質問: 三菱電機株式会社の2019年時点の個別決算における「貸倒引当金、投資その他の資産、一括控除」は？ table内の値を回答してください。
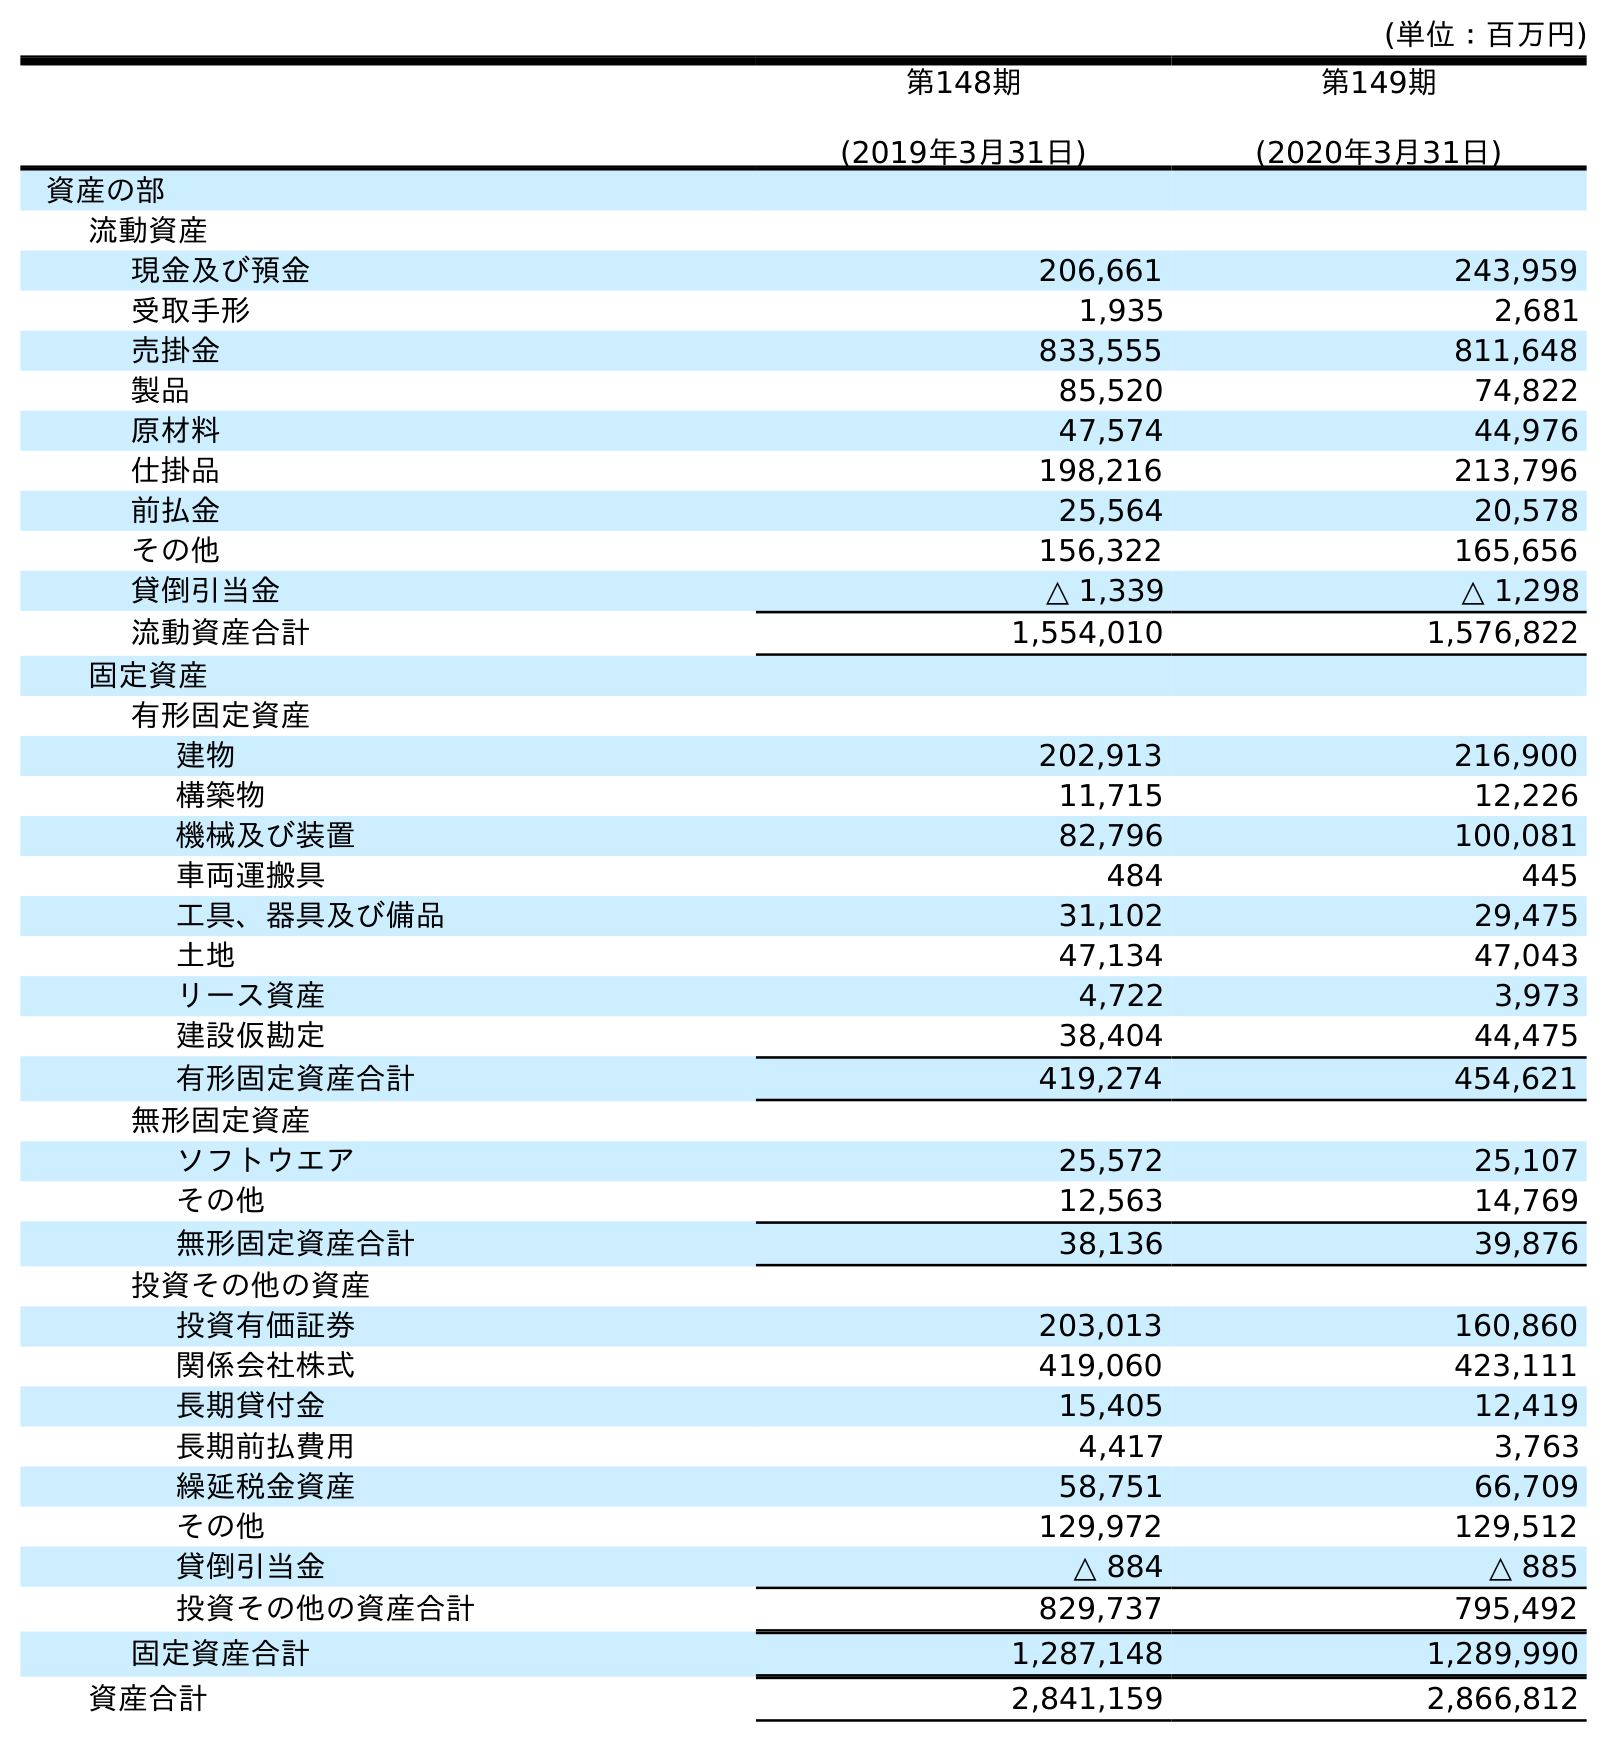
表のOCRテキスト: (単位：百万円) 第148期 (2019年3月31日) 第149期 (2020年3月31日) 資産の部 流動資産 現金及び預金 206,661 243,959 受取手形 1,935 2,681 売掛金 833,555 811,648 製品 85,520 74,822 原材料 47,574 44,976 仕掛品 198,216 213,796 前払金 25,564 20,578 その他 156,322 165,656 貸倒引当金 △ 1,339 △ 1,298 流動資産合計 1,554,010 1,576,822 固定資産 有形固定資産 建物 202,913 216,900 構築物 11,715 12,226 機械及び装置 82,796 100,081 車両運搬具 484 445 工具、器具及び備品 31,102 29,475 土地 47,134 47,043 リース資産 4,722 3,973 建設仮勘定 38,404 44,475 有形固定資産合計 419,274 454,621 無形固定資産 ソフトウエア 25,572 25,107 その他 12,563 14,769 無形固定資産合計 38,136 39,876 投資その他の資産 投資有価証券 203,013 160,860 関係会社株式 419,060 423,111 長期貸付金 15,405 12,419 長期前払費用 4,417 3,763 繰延税金資産 58,751 66,709 その他 129,972 129,512 貸倒引当金 △ 884 △ 885 投資その他の資産合計 829,737 795,492 固定資産合計 1,287,148 1,289,990 資産合計 2,841,159 2,866,812
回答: △884